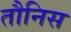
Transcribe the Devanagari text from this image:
तौनिस